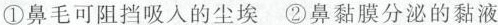
①鼻毛可阻挡吸入的尘埃 ②鼻黏膜分泌的黏液